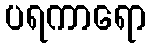
ပရကာရော